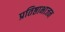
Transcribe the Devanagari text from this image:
प्रतिष्ठाभाजन